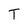
Character: T